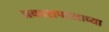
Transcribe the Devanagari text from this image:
प्रकाशपटलाच्या